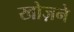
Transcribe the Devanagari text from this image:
खोज़ने